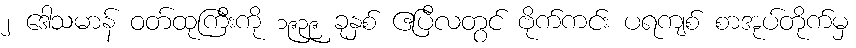
၂ ဒေါသမာန် ဝတ်ထုကြီးကို ၁၉၃၉ ခုနှစ် ဧပြီလတွင် ဗိုက်ကင်း ပရကျစ် စာအုပ်တိုက်မှ